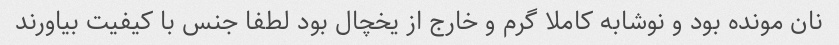
نان مونده بود و نوشابه کاملا گرم و خارج از یخچال بود لطفا جنس با کیفیت بیاورند